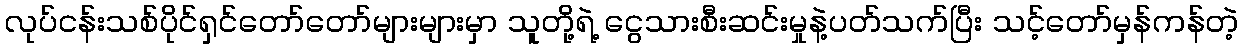
လုပ်ငန်းသစ်ပိုင်ရှင်တော်တော်များများမှာ သူတို့ရဲ့ ငွေသားစီးဆင်းမှုနဲ့ပတ်သက်ပြီး သင့်တော်မှန်ကန်တဲ့